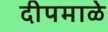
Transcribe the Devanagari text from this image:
दीपमाळे